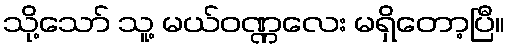
သို့သော် သူ့ မယ်ဝဏ္ဏလေး မရှိတော့ပြီ။